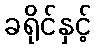
ခရိုင်နှင့်